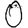
Digit: 0